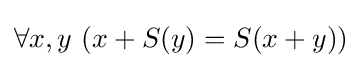
\forall x,y\ (x+S(y)=S(x+y))